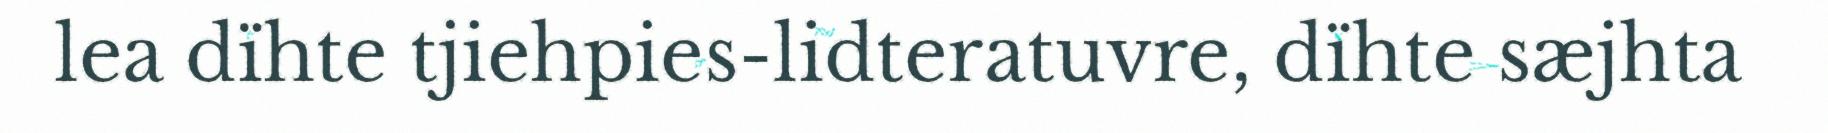
lea dïhte tjiehpies-lidteratuvre, dïhte sæjhta